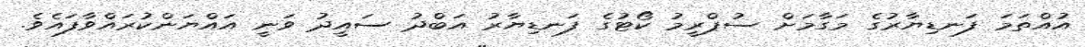
އުއްތަމަ ފަނޑިޔާރުގެ މަގާމަށް ސުޕްރީމު ކޯޓުގެ ފަނޑިޔާރު އަބްދު ސައީދު ވަނީ އައްޔަންކުރައްވާފައެވެ.